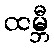
ထမ္ဘီ